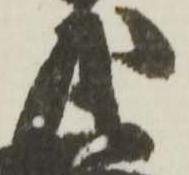
茂